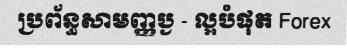
ប្រព័ន្ធសាមញ្ញប្ង - ល្អបំផុត Forex